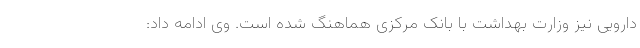
دارویی نیز وزارت بهداشت با بانک مرکزی هماهنگ شده است. وی ادامه داد: